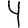
Digit: 4